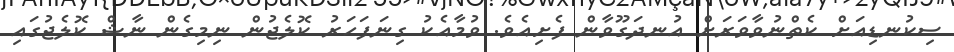
ސިކުނޑިއަށް ކެތްނުވާވަރަށް އުނދަގޫވާން ފެށިއެވެ. ވުމާއެކު ގިނަފަހަރު ކޮލެޖުން ނިމިގެން ނާޝް ކޮލެޖުގައި